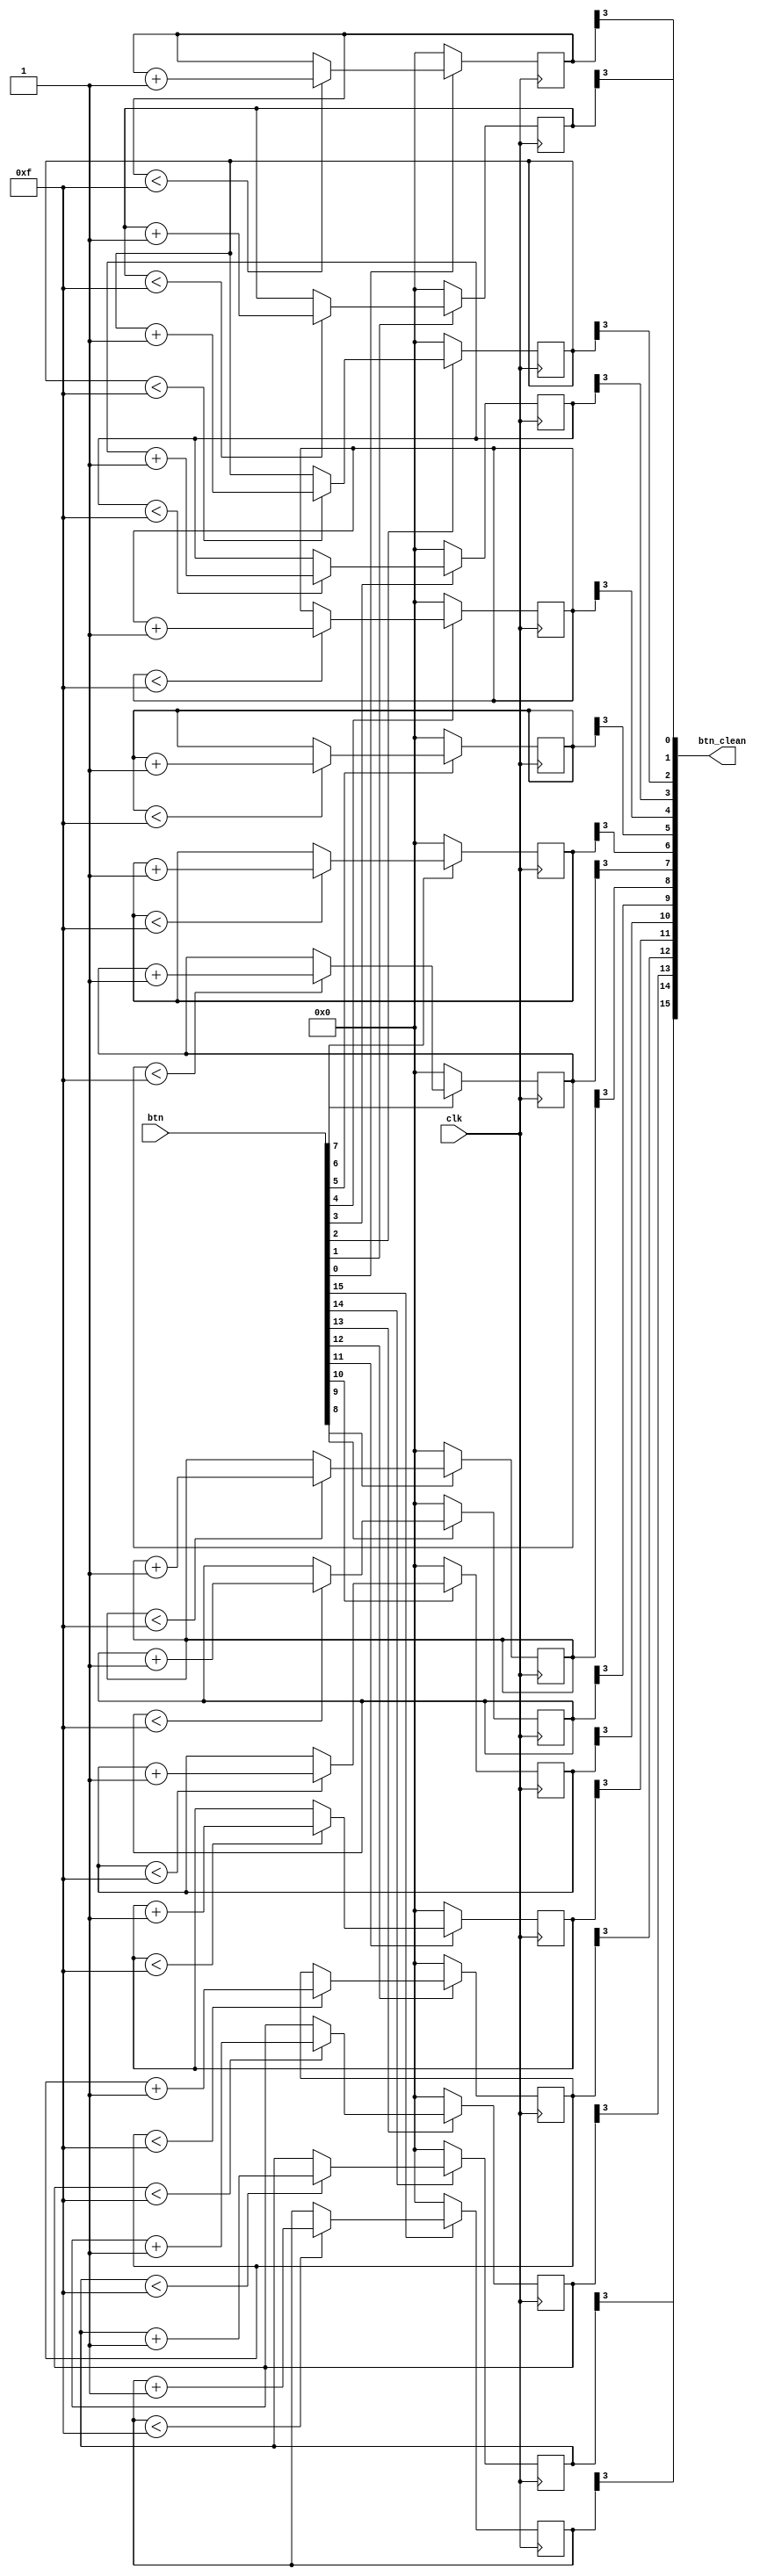
`timescale 1ns / 1ps
//////////////////////////////////////////////////////////////////////////////////
// Company: 
// Engineer: 
// 
// Design Name: 
// Module Name: BTN_CLEAN
// Project Name: 
// Target Devices: 
// Tool Versions: 
// Description: 
// 
// Dependencies: 
// 
// Revision:
// Revision 0.01 - File Created
// Additional Comments:
// 
//////////////////////////////////////////////////////////////////////////////////


module BTN_CLEAN #(parameter WIDTH = 16)(
    input clk,
    input [WIDTH-1:0] btn,
    output [WIDTH-1:0] btn_clean 
);
    integer i;
    genvar j;
    reg [3:0] btn_cnt[0:WIDTH-1];
    always @(posedge clk) begin
        for(i = 0; i <= WIDTH - 1; i = i + 1) begin
            if(btn[i] == 1'b0)
                btn_cnt[i] <= 4'h0;
            else if(btn_cnt[i] < 4'hF)
                btn_cnt[i] <= btn_cnt[i] + 1'b1;
            else
                btn_cnt[i] <= btn_cnt[i];
        end
    end
    for(j = 0; j <= WIDTH - 1; j = j + 1) begin
        assign btn_clean[j] = btn_cnt[j][3];
    end
endmodule